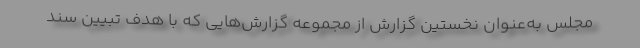
مجلس به‌عنوان نخستین گزارش از مجموعه گزارش‌هایی که با هدف تبیین سند